Annual report on the working of the Harcourt Butler Institute of Public Health, Rangoon
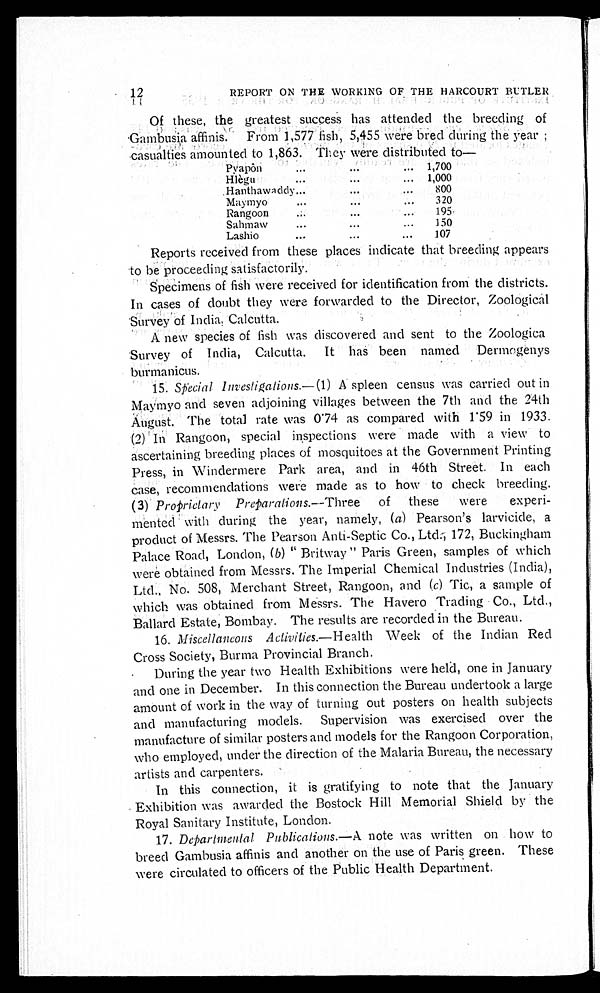
12
REPORT ON THE WORKING OF THE HARCOURT BUTLER
Of these, the greatest success has attended the breeding of
Gambusia affinis. From 1,577 fish, 5,455 Were bred during the year;
casualties amounted to 1,863. They were distributed to
—
Pyapôn . . .
1 , 7 0 0
H l è g u . . .
1,000
Hanthawaddy . . .
800
Maymyo . . .
320
Rangoon . . .
195
S a h m a w . . .
150
Lashio . . .
107
Reports received from these places indicate that breeding appears
to be proceeding satisfactorily.
Specimens of fish were received for identification from the districts.
In cases of doubt they were forwarded to the Director, Zoological
Survey of India, Calcutta.
A new species of fish was discovered and sent to the Zoologica
Survey of India, Calcutta. It has been named Dermogenys
burmanicus.
15. Spi eci al I n v e s l i g a l i o n s . —(
1 ) A s p l e e n c e n s u s w a s c a r r i e d o u t i n
Maymyo and seven adjoining villages between the 7th and the 24th
August. The total rate was 0.74 as compared with 1.59 in 1933.
(2) In Rangoon, special inspections were made with a view to
ascertaining breeding places of mosquitoes at the Government Printing
Press, in Windermere Park area, and in 46th Street. In each
case, recommendations were made as to how to check breeding.
(3) Proprictary
Preparations.— Three of these were experi
-mented with during the year, namely, ( a ) Pearson's larvicide, a
product of Messrs. The Pearson Anti-Septic Co., Ltd., 172, Buckingham
Palace Road, London, ( b ) "Britway" Paris Green, samples of which
were obtained from Messrs. The Imperial Chemical Industries (India),
Ltd., No. 508, Merchant Street, Rangoon, and ( c ) Tic, a sample of
which was obtained from Messrs. The Havero Trading Co., Ltd.,
Ballard Estate, Bombay. The results are recorded in the Bureau.
16. Miscellaneous Activities
.—Health Week of the Indian Red
Cross Society, Burma Provincial Branch.
During the year two Health Exhibitions were held, one in January
and one in December. In this connection the Bureau undertook a large
amount of work in the way of turning out posters on health subjects
and manufacturing models. Supervision was exercised over the
manufacture of similar posters and models for the Rangoon Corporation,
who employed, under the direction of the Malaria Bureau, the necessary
artists and carpenters.
In this connection, it is gratifying to note that the January
Exhibition was awarded the Bostock Hill Memorial Shield by the
Royal Sanitary Institute, London.
17. Departmental Publications.— A note was written on how to
breed Gambusia affinis and another on the use of Paris green. These
were circulated to officers of the Public Health Department.